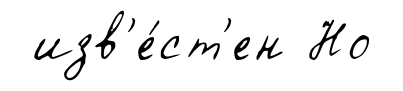
изв'е́ст'ен Но